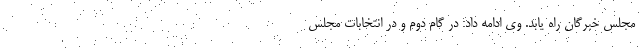
مجلس خبرگان راه یابد. وی ادامه داد: در گام دوم و در انتخابات مجلس